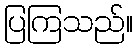
ပြကြသည်။